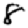
Digit: 8